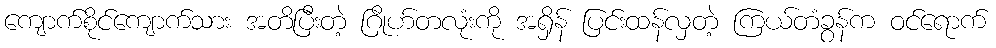
ကျောက်စိုင်ကျောက်သား အတိပြီးတဲ့ ဂြိုဟ်တလုံးကို အရှိန် ပြင်းထန်လှတဲ့ ကြယ်တံခွန်က ဝင်ရောက်